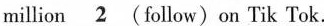
million \underline{2}(follow)on Tik Tok.